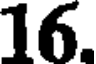
16.